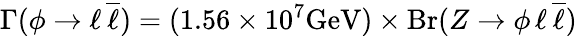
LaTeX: \Gamma(\phi\to\ell\, \overline{{{\ell}}})=(1.56\times 10^{7}{\mathrm{GeV}})\times\mathrm{Br}(Z\to\phi\, \ell\, \overline{{{\ell}}})